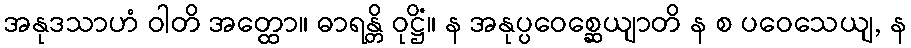
အနုဒသာဟံ ဝါတိ အတ္ထော။ ဓာရန္တိ ဝုဋ္ဌိံ။ န အနုပ္ပဝေစ္ဆေယျာတိ န စ ပဝေသေယျ, န